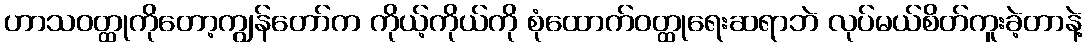
ဟာသဝတ္ထုကိုတော့ကျွန်တော်က ကိုယ့်ကိုယ်ကို စုံထောက်ဝတ္ထုရေးဆရာဘဲ လုပ်မယ်စိတ်ကူးခဲ့တာနဲ့